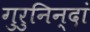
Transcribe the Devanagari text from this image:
गुरुनिन्दां